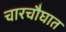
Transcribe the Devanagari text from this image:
चारचौघात